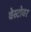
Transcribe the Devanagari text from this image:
वेस्टोवर